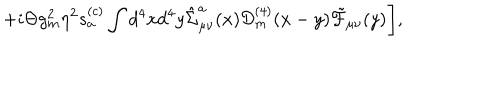
+ i \Theta g _ { m } ^ { 2 } \eta ^ { 2 } s _ { a } ^ { ( c ) } \int d ^ { 4 } x d ^ { 4 } y \hat { \Sigma } _ { \mu \nu } ^ { a } ( x ) { \cal D } _ { m } ^ { ( 4 ) } ( x - y ) \tilde { \cal F } _ { \mu \nu } ( y ) \Biggr ] ,